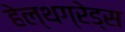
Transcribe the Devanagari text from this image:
हेल्थग्रेड्स